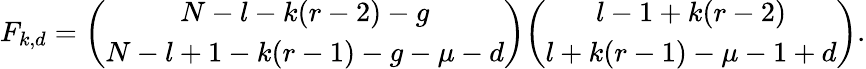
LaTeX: F_{k,d}={\binom{N-l-k(r-2)-g}{N-l+1-k(r-1)-g-\mu-d}}{\binom{l-1+k(r-2)}{l+k(r-1)-\mu-1+d}}.